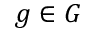
g \in G